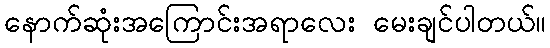
နောက်ဆုံးအကြောင်းအရာလေး မေးချင်ပါတယ်။